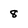
Character: 8